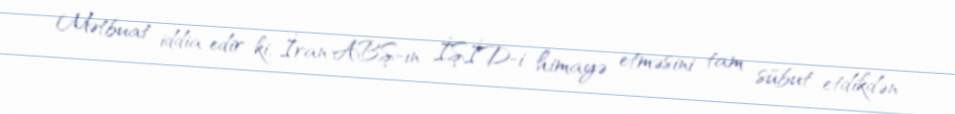
Mətbuat iddia edir ki, İran ABŞ-ın İŞİD-i himayə etməsini tam sübut etdikdən